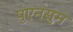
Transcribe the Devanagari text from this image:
पुएनसुम